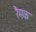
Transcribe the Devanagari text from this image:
रैमक